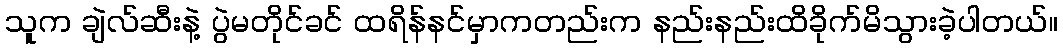
သူက ချဲလ်ဆီးနဲ့ ပွဲမတိုင်ခင် ထရိန်နင်မှာကတည်းက နည်းနည်းထိခိုက်မိသွားခဲ့ပါတယ်။